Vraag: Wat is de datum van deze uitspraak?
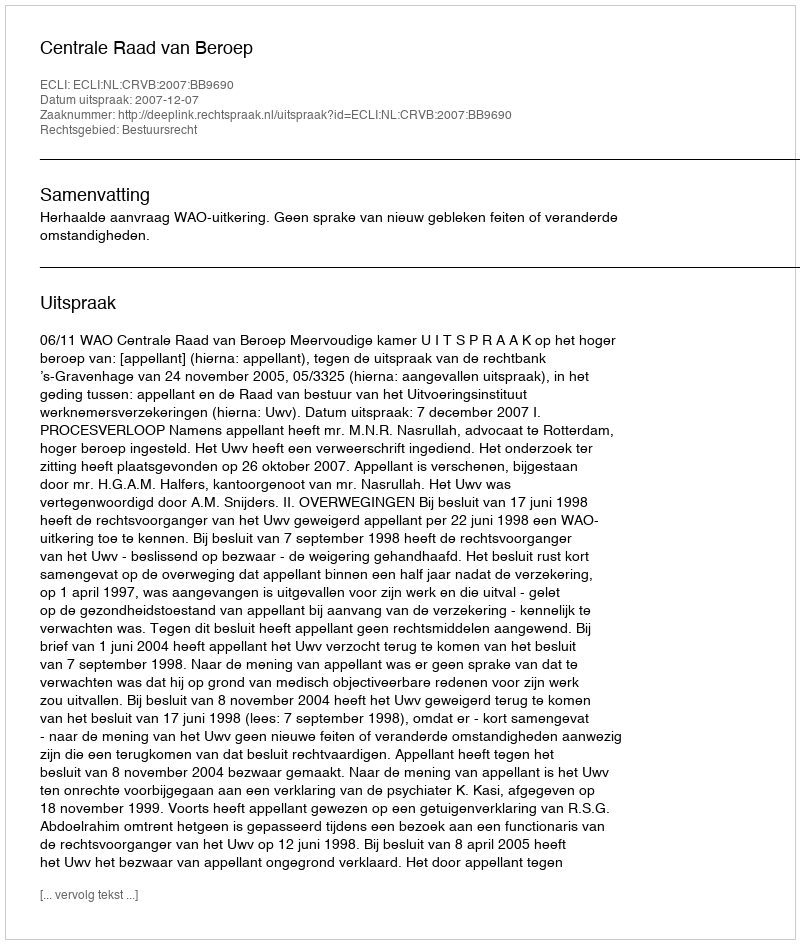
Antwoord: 2007-12-07